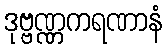
ဒုဗ္ဗဏ္ဏကရဏာနံ